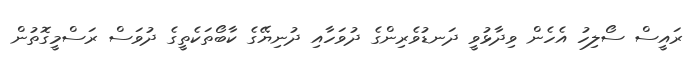
ރައީސް ސޯލިހު އެހެން ވިދާޅުވީ ދަނޑުވެރިންގެ ދުވަހާއި ދުނިޔޭގެ ކާބޯތަކެތީގެ ދުވަސް ރަސްމީގޮތުން